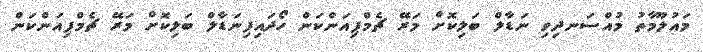
މައުލޫމާތު މުއްސަނދިވި ނަޑާލް ބަލިކޮށް މަރޭ ޗެމްޕިއަންކަން ހޯދައިފިނަޑާލް ބަލިކޮށް މަރޭ ޗެމްޕިއަންކަން